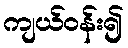
ကျယ်ဝန်း၍